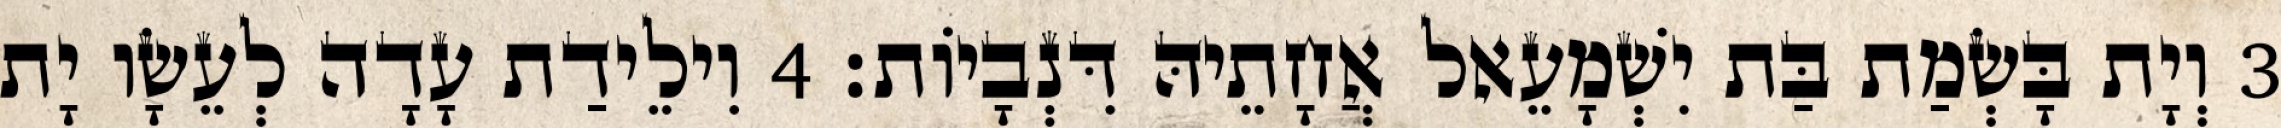
3 וְיָת בָּשְׂמַת בַּת יִשְׁמָעֵאל אֲחָתֵיהּ דִּנְבָיוֹת׃ 4 וִילֵידַת עָדָה לְעֵשָׂו יָת